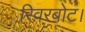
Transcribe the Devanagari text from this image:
रिवरबोट।